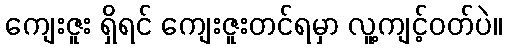
ကျေးဇူး ရှိရင် ကျေးဇူးတင်ရမှာ လူ့ကျင့်ဝတ်ပဲ။